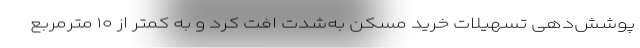
پوشش‌دهی تسهیلات خرید مسکن به‌شدت افت کرد و به کمتر از ۱۰ مترمربع